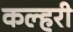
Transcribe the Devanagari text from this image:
कल्हरी